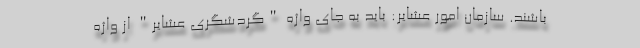
باشند. سازمان امور عشایر: باید به جای واژه "گردشگری عشایر" از واژه